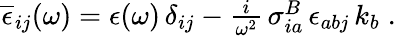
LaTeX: \begin{array}{r}{\overline{{\epsilon}}_{ij}(\omega)=\epsilon(\omega)\, \delta_{ij}-\frac{i}{\omega^{2}}\, \sigma_{ia}^{B}\, \epsilon_{abj}\, k_{b}\; .}\end{array}